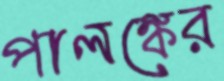
পালঙ্কের